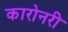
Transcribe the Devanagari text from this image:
कारोनरी